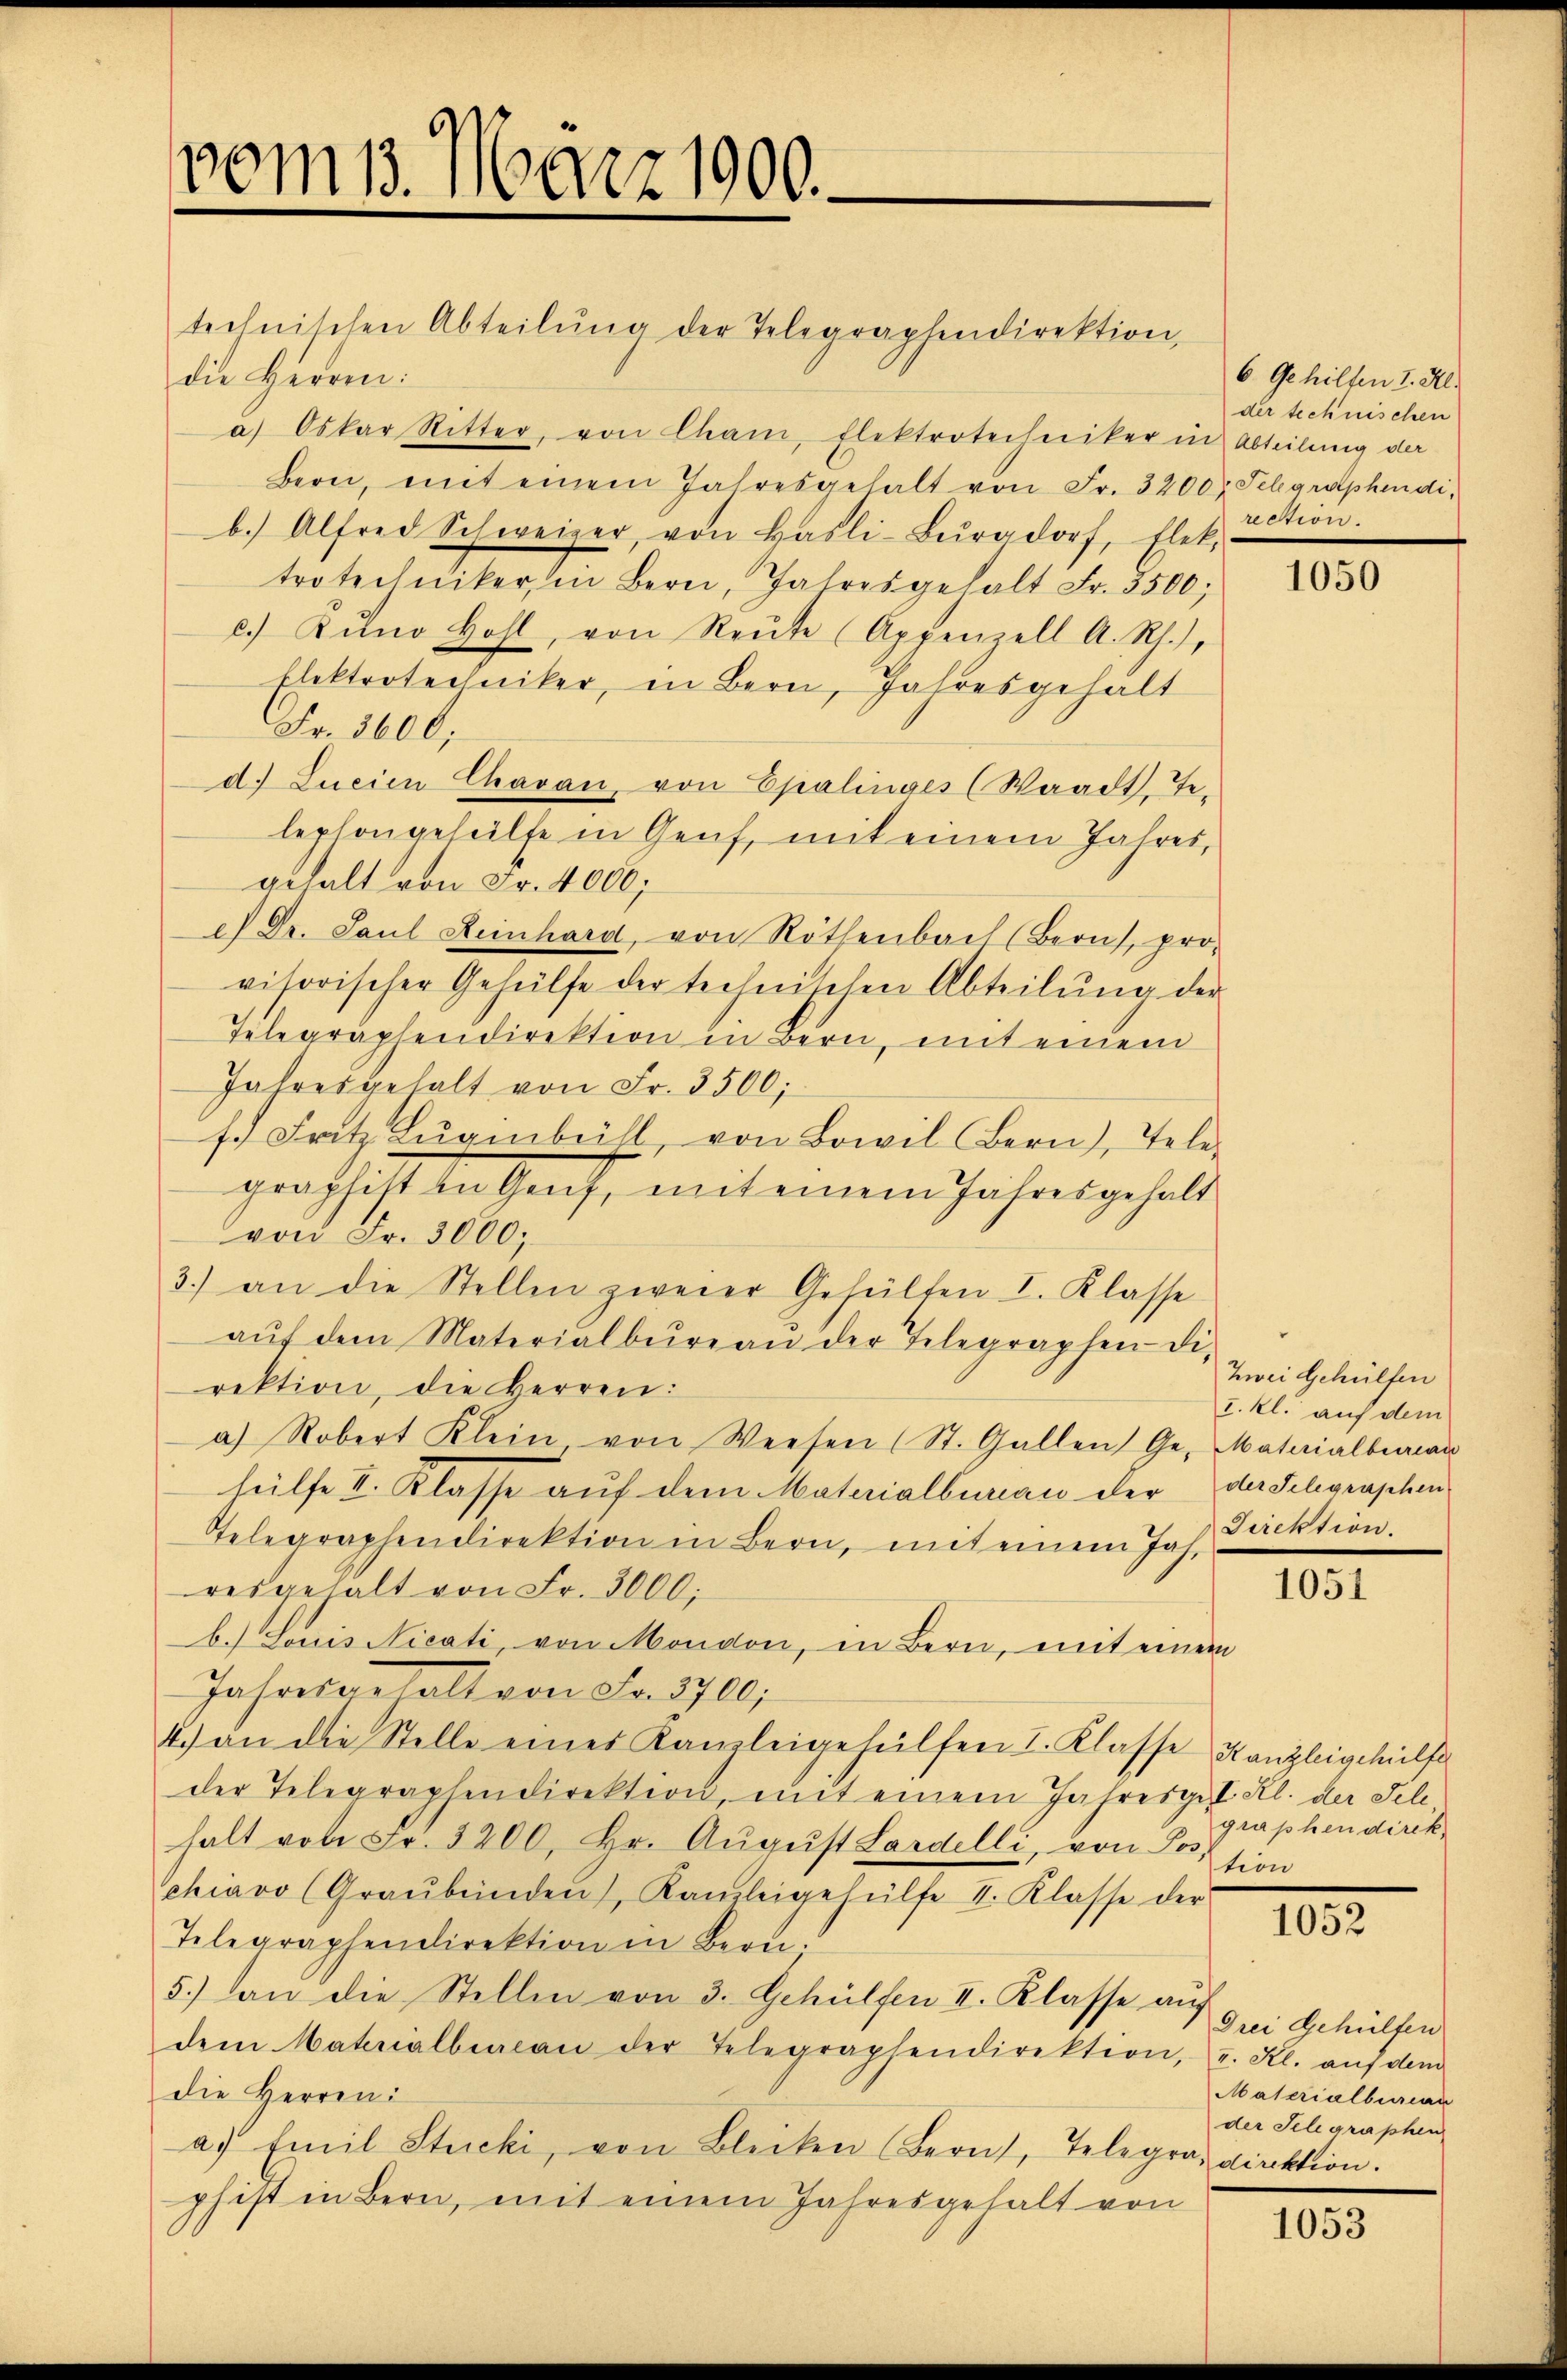
vom 13. März 1900.

technischen Abteilŭng der Telegraphendirektion,
die Herren:
a) Oskar Ritter, von Cham, Elektrotechniker in Abteilung der
Bern, mit einem Jahresgehalt von Fr. 3200. Telegraphen di
b.) Alfred Schweizer, von Hasli-Burgdorf, Elek.
trotechniker, in Bern, Jahresgehalt Fr. 3500;
c.) Kŭm Hohl, von Reŭte (Appenzell A. Rh.),
Elektrotechniker, in Bern, Jahresgehalt
Fr. 3600;
d. Lucien Chavan, von Epalinges (Waadt, Te-
lephongehülfe in Genf, mit einem Jahres,
gehalt von Fr. 4000;
e) Dr. Paul Reinhard, von Röthenbach (Bern, pro-
visorischer Gehülfe der technischen Abteilŭng der
Telegraphendirektion in Bern, mit einem
Jahresgehalt von Fr. 3500;
f. Satz Lugmbrill, von Bonil Bern), Telegraphist in Genf, mit einem Jahres gehalt
von Fr. 3000;
3.) an die Stellen zweier Gehalten I. Klasse
aŭf dem Materialbüreaŭ der Telegraphen di
rektion, die Herren:
a) Robert Klein von Weesen (St. Gallen Ge- Materialbureau
hülfe II. Klasse auf dem Materialbureau der der Schgraschen
Direktion.
Telegraphendirektion in Bern, mit einem Jahr
resgehalt von Fr. 3000;
b. Louis Nicati, von Mondon, in Bern, mit einem
Jahresgehalt von Fr. 3700;
4.) an die Stelle einer Kanzleigehülfen I. Klasse Kanzleigehülfe
der Telegraphendirektion, mit einem Jahresgest. Kl. der Felhalt von Fr. 3200, hr. Aŭgŭst Lardelli, von Posion
chiavo (Graŭbenden, Kanzleigehülfe I. Klasse der
1052
Telegraphendirektion in Bern.
5) an die Stellen von 3. Gehülfen II. Klasse auf
dem Materialbureau der Telegraphendirektion, u. Kl. aŭf dem
die Herren:
a. Emil Stucki, von Bleiken (Bern, Telegra direktion.
phist in Bern, mit einem Jahresgehalt von

6. Gehilten I. Al.
der technischen
rection.

1050

Zwei Gehülfen
u. kl. auf dem

1051

graphen direk

Drei Gehülfen
Materialbureau
der Schgraphen

1053